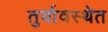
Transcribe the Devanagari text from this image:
तुर्यावस्थेत